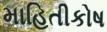
માહિતીકોષ